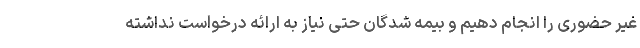
غیر حضوری را انجام دهیم و بیمه شدگان حتی نیاز به ارائه درخواست نداشته